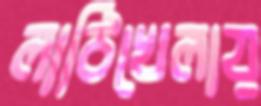
লাঠিখেলায়